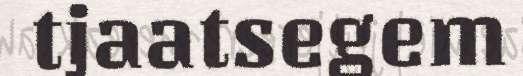
tjaatsegem